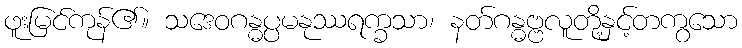
ဖူးမြင်ကုန်၏။ သဒေဝဂန္ဓပ္ပမနုဿရက္ခသာ၊ နတ်ဂန္ဓဗ္ဗလူတို့နှင့်တကွသော